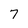
Character: 7